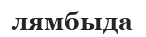
лямбыда